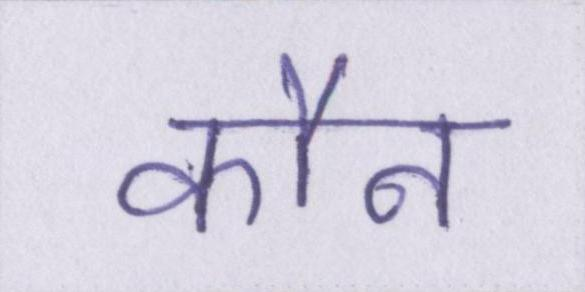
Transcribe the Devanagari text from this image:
कौन